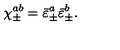
\chi _ { \pm } ^ { a b } = \bar { \varepsilon } _ { \pm } ^ { a } \bar { \varepsilon } _ { \pm } ^ { b } .